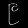
Digit: ၉